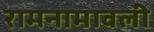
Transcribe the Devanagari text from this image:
रामनामावली